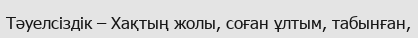
Тәуелсіздік – Хақтың жолы, соған ұлтым, табынған,